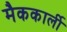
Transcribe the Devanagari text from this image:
मैककार्ली